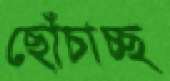
ছোঁচাচ্ছ